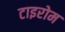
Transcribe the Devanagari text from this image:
टाइरोम